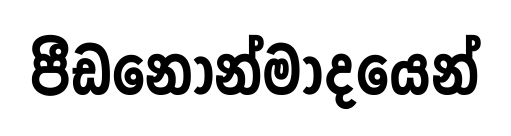
පීඩනෝන්මාදයෙන්